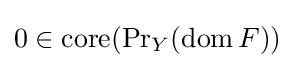
0\in \operatorname {core} ({\Pr }_{Y}(\operatorname {dom} F))